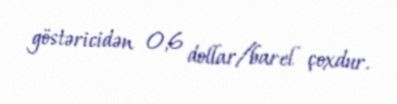
göstəricidən 0,6 dollar/barel çoxdur.